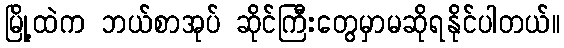
မြို့ထဲက ဘယ်စာအုပ် ဆိုင်ကြီးတွေမှာမဆိုရနိုင်ပါတယ်။